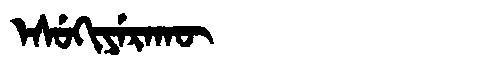
Manchu: ᡝᠰᡠᡴᡳᠶᡝᡵᠠᡴᡡ
Romanization: ESUKIYERAKŪ